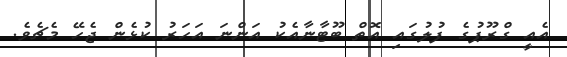
އެއީ ގްރޫޕުގެ ފުލުގައި އޮތް ބޫޓާނާއެކު އަންނަ އަހަރު ކުޅެން ޖެހޭ މެޗެވެ.